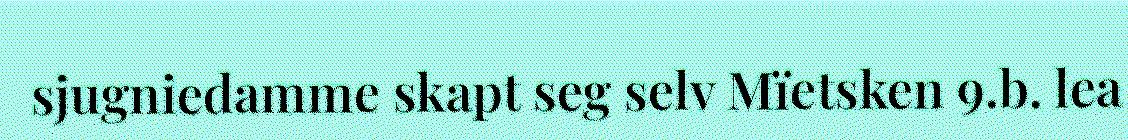
sjugniedamme skapt seg selv Mïetsken 9.b. lea